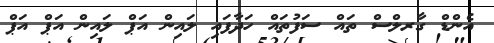
އެންޑް ގާރލްސް ތައް ސަފުތައް ހަދާފައި ލައިން އަޕް ލައިން އަޕް އަޕް